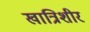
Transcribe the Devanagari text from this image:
खात्रिशीर